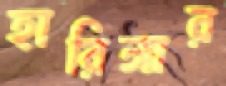
হারিঙ্গার